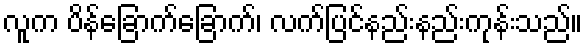
လူက ပိန်ခြောက်ခြောက်၊ လက်ပြင်နည်းနည်းကုန်းသည်။